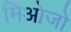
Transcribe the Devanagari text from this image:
मिओजो